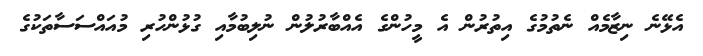
އެޅޭނެ ނިޒާމެއް ނެތުމުގެ އިތުރުން އެ މީހުންގެ އެއްބާރުލުން ނުލިބުމާއި ގުޅުންހުރި މުއައްސަސާތަކުގެ